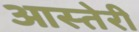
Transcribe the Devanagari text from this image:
आस्तेरी